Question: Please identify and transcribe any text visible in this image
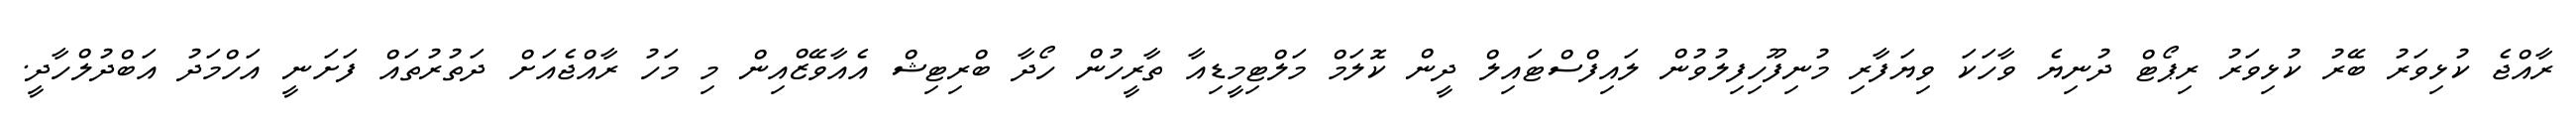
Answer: ރާއްޖެ ކުޅިވަރު ބޭރު ކުޅިވަރު ރިޕޯޓް ދުނިޔެ ވާހަކަ ވިޔަފާރި މުނިފޫހިފިލުވުން ލައިފްސްޓައިލް ދީން ކޮލަމް މަލްޓިމީޑިއާ ތާރީހުން ހޯދާ ބްރިޓިޝް އެއާވޭޒްއިން މި މަހު ރާއްޖެއަށް ދަތުރުތައް ފަށަނީ އަހްމަދު އަބްދުލްހާދީ.